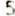
5